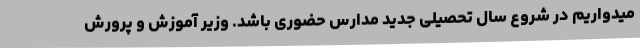
میدواریم در شروع سال تحصیلی جدید مدارس حضوری باشد. وزیر آموزش و پرورش